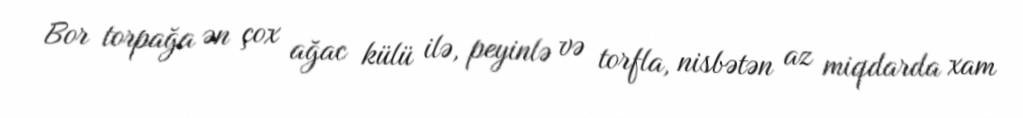
Bor torpağa ən çox ağac külü ilə, peyinlə və torfla, nisbətən az miqdarda xam